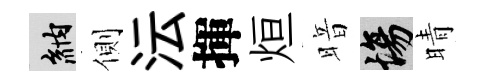
納側沄揮烜暗場晴